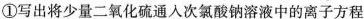
①写出将少量二氧化硫通入次氯酸钠溶液中的离子方程式